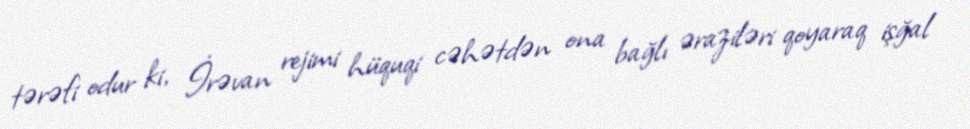
tərəfi odur ki, İrəvan rejimi hüquqi cəhətdən ona bağlı əraziləri qoyaraq işğal